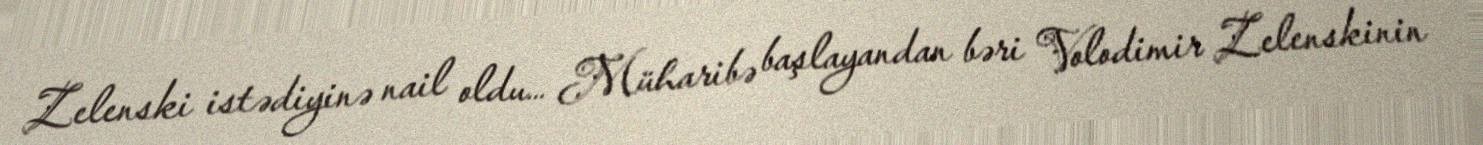
Zelenski istədiyinə nail oldu… Müharibə başlayandan bəri Volodimir Zelenskinin